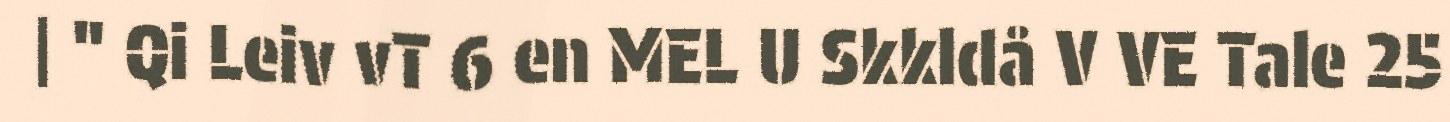
| " Qi Leiv vT 6 en MEL U Skkldå V VE Tale 25